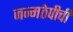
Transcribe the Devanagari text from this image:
जन्मठेपीची